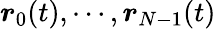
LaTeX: \boldsymbol{r}_{0}(t),\cdots,\boldsymbol{r}_{N-1}(t)